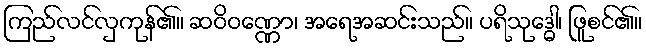
ကြည်လင်လှကုန်၏။ ဆဝိဝဏ္ဏော၊ အရေအဆင်းသည်။ ပရိသုဒ္ဓေါ၊ ဖြူစင်၏။